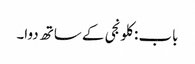
باب : کلونجی کے ساتھ دوا۔